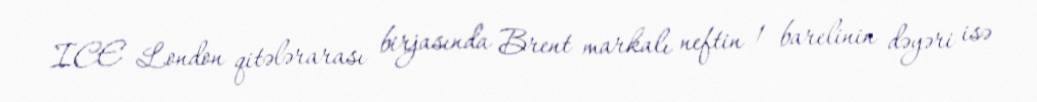
ICE London qitələrarası birjasında Brent markalı neftin 1 barelinin dəyəri isə